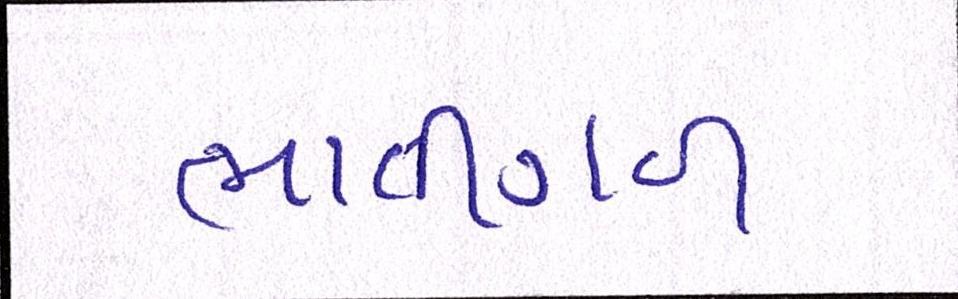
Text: ભાતીગળ